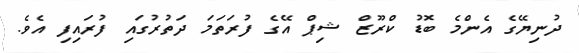
ދުނިޔޭގެ އެންމެ ބޮޑު ކްރޫޒް ޝިޕް އޭގެ ފުރަތަމަ ދަތުރުގައި ފުރައިފި އެވެ.